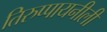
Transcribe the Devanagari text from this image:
तिरुप्पायनीली